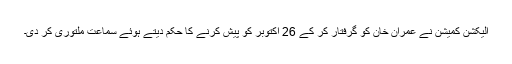
الیکشن کمیشن نے عمران خان کو گرفتار کر کے 26 اکتوبر کو پیش کرنے کا حکم دیتے ہوئے سماعت ملتوری کر دی۔